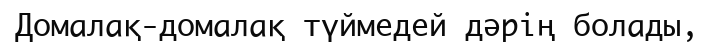
Домалақ-домалақ түймедей дәрің болады‚